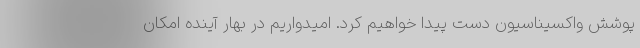
پوشش واکسیناسیون دست پیدا خواهیم کرد. امیدواریم در بهار آینده امکان